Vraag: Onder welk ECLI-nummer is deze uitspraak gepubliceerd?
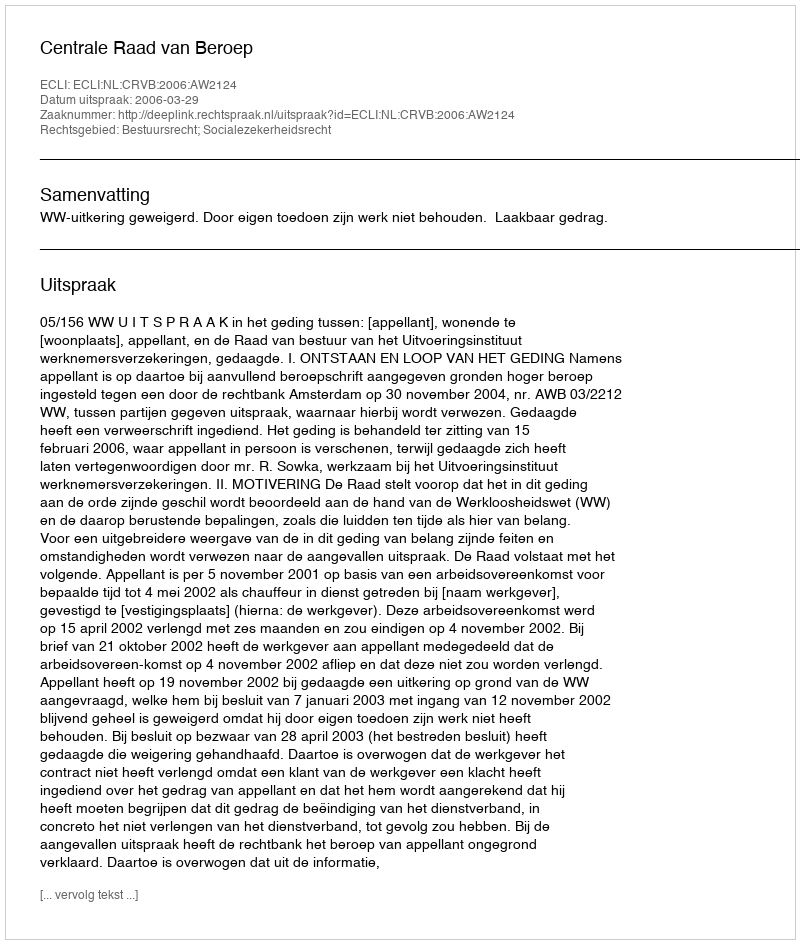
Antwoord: ECLI:NL:CRVB:2006:AW2124